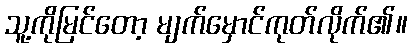
သူ့ကိုမြင်တော့ မျက်မှောင်ကုတ်လိုက်၏။